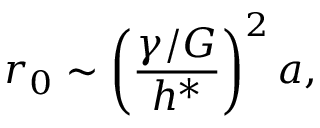
r _ { 0 } \sim \left( \frac { \gamma / G } { h ^ { * } } \right) ^ { 2 } a ,